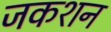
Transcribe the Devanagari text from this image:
जकशन